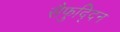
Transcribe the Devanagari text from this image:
सैफुद्दिन